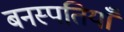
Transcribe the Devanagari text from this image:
बनस्पतियाँ